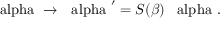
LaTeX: \mathrm { \boldmath ~ \ a l p h a ~ } \to \mathrm { \boldmath ~ \ a l p h a ~ } ^ { \prime } = S ( \beta ) \, \mathrm { \boldmath ~ \ a l p h a ~ } .